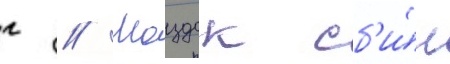
г // Моздок сб'и́л